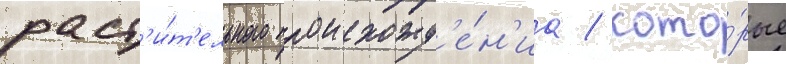
раст'и́т'ельного происхожд'е́н'иа / кото́рые